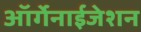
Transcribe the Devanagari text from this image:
ऑर्गेनाईजेशन